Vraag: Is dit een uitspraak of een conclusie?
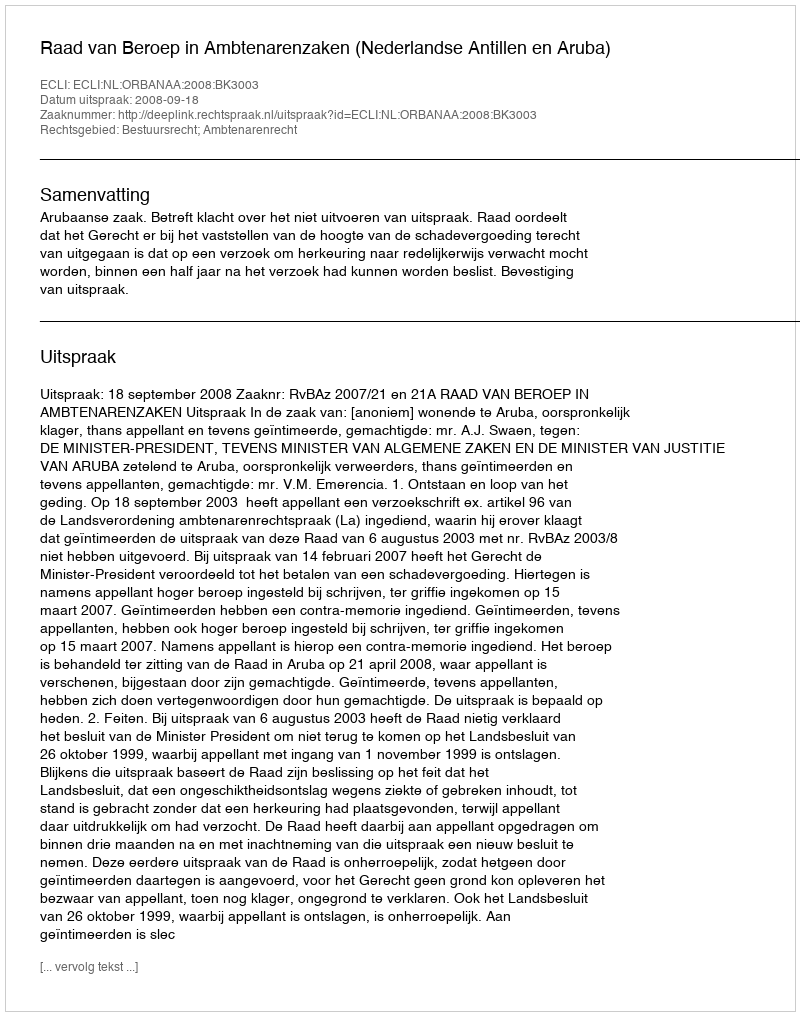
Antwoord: Uitspraak